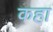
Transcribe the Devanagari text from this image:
कहा